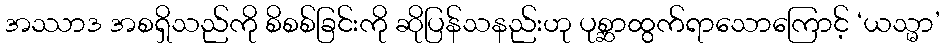
အဿာဒ အစရှိသည်ကို စိစစ်ခြင်းကို ဆိုပြန်သနည်းဟု ပုစ္ဆာထွက်ရာသောကြောင့် ‘ယသ္မာ’